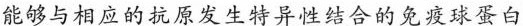
能够与相应的抗原发生特异性结合的免疫球蛋白